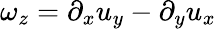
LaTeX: \omega_{z}=\partial_{x}u_{y}-\partial_{y}u_{x}